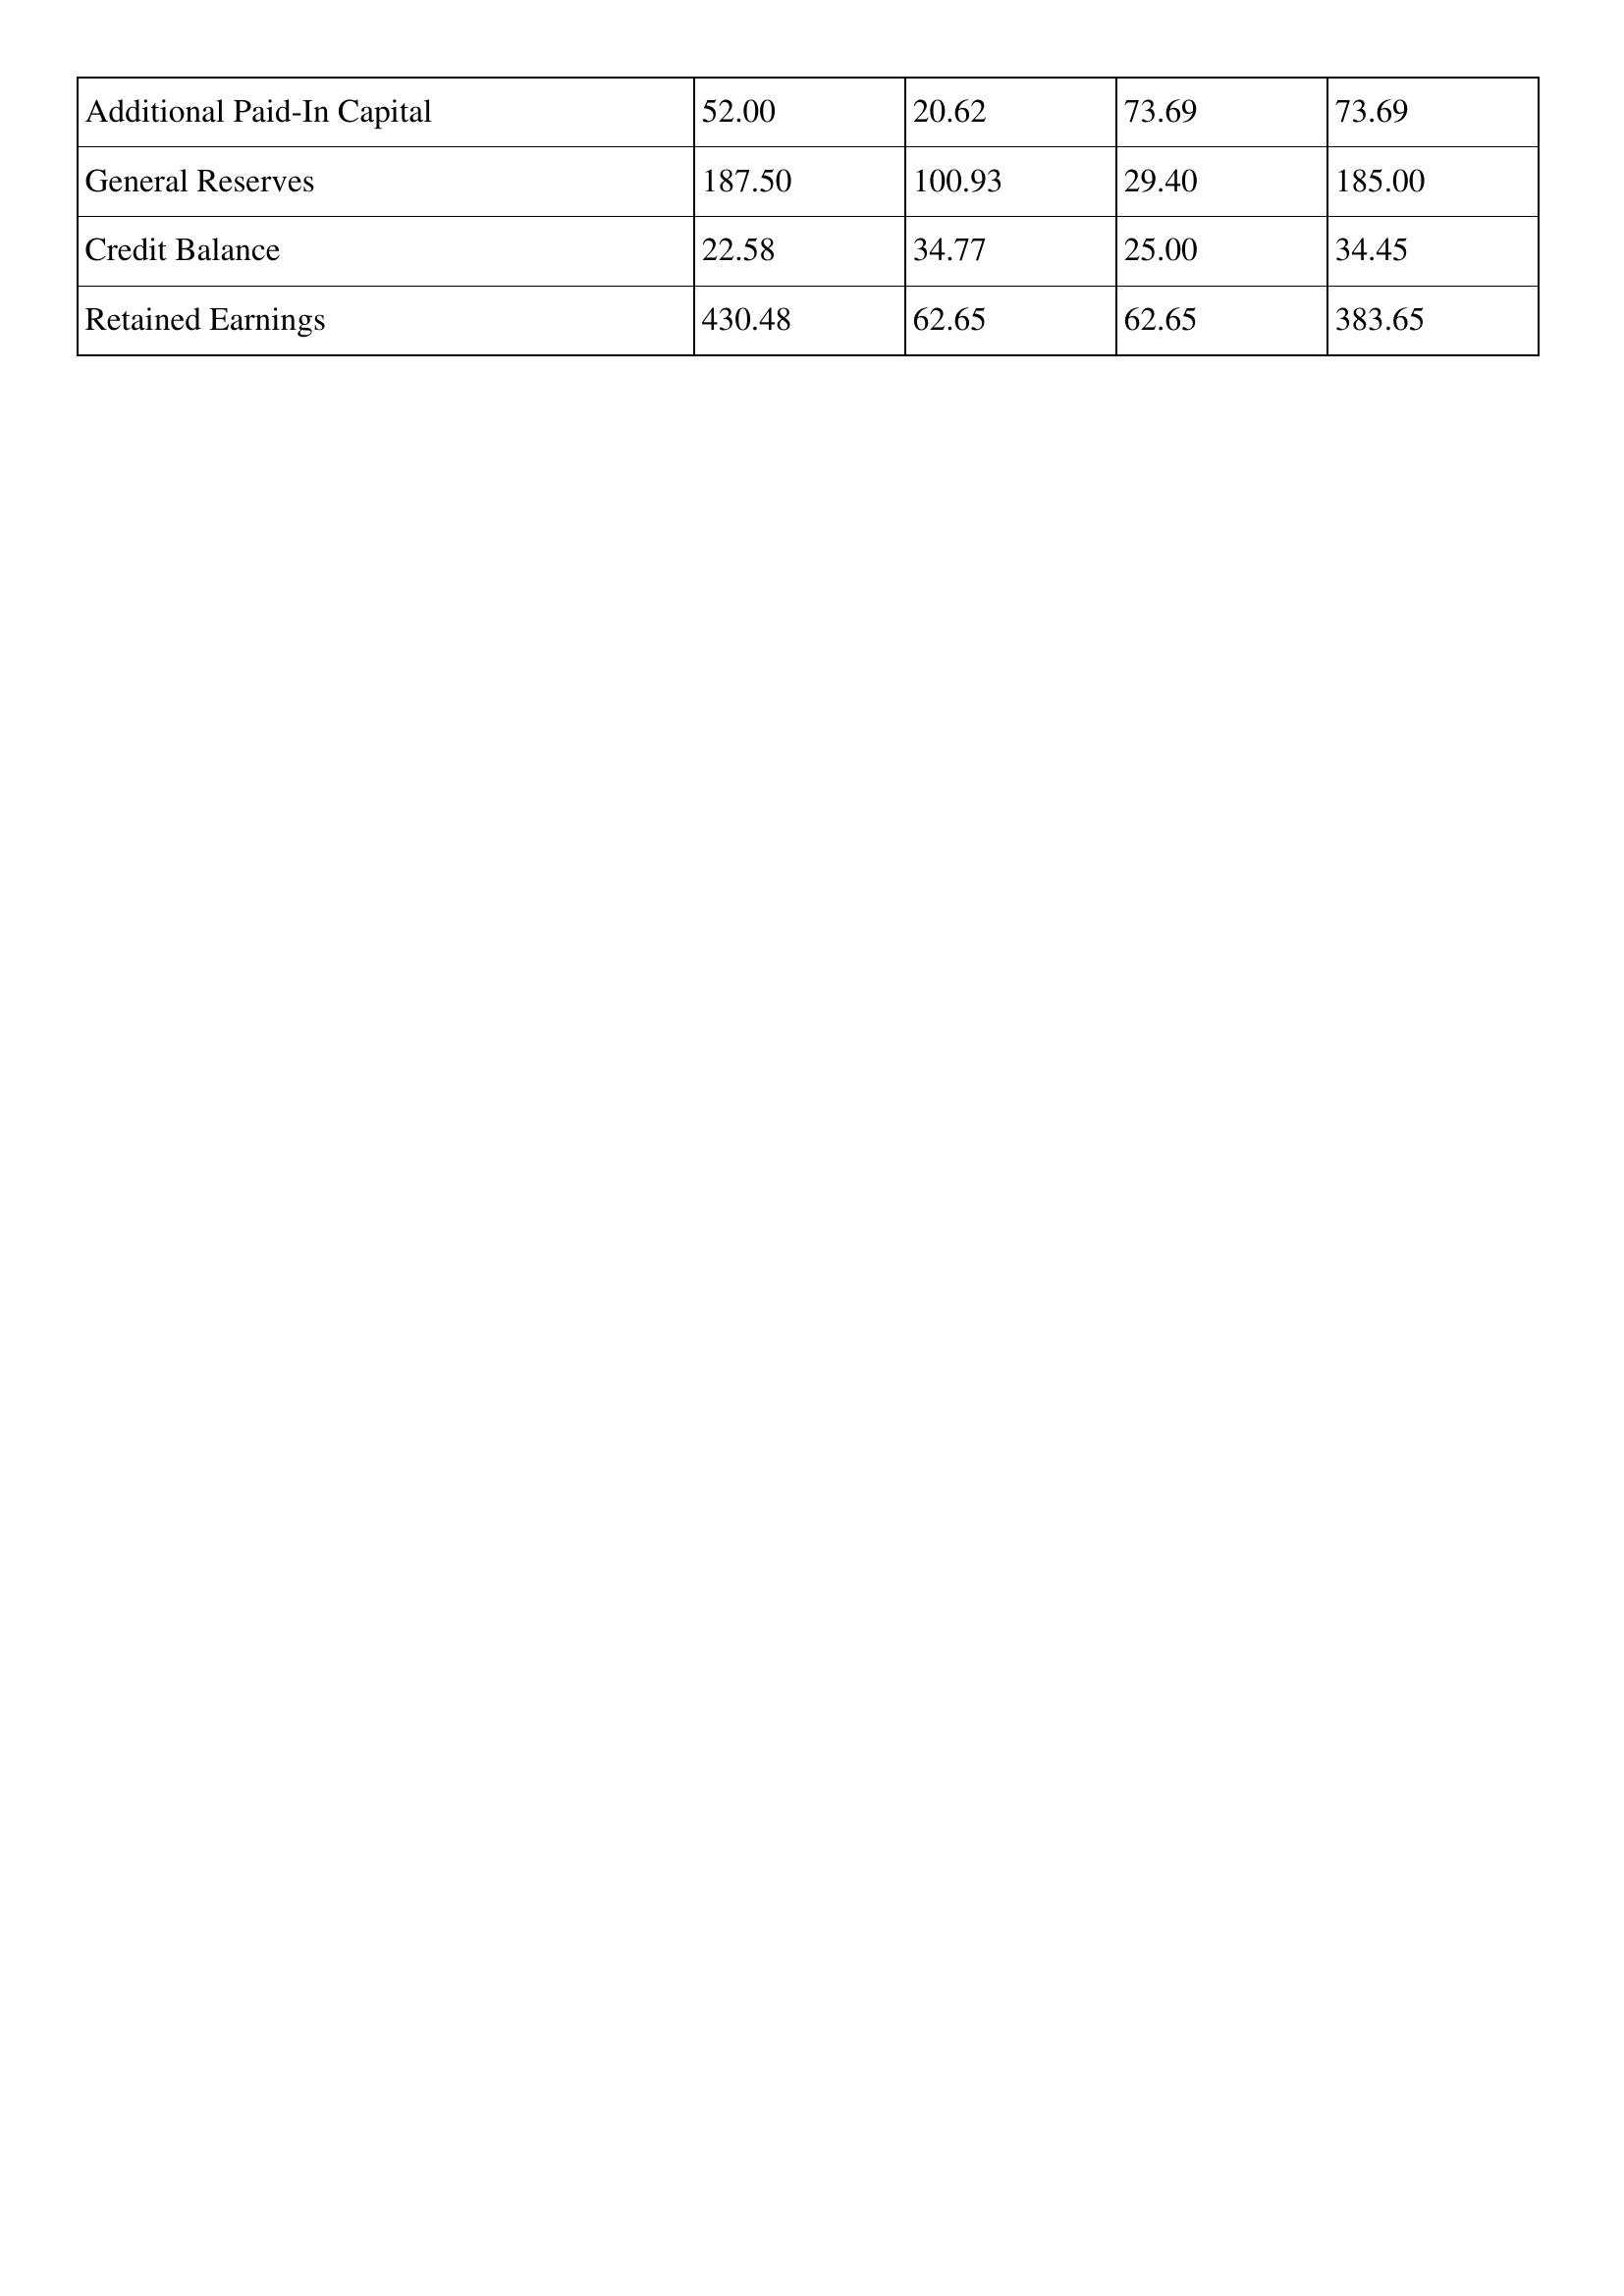
gt_parse: 1999: Additional Paid-In Capital: 52.00
General Reserves: 187.50
Credit Balance: 22.58
Retained Earnings: 430.48
1998: Additional Paid-In Capital: 20.62
General Reserves: 100.93
Credit Balance: 34.77
Retained Earnings: 62.65
1997: Additional Paid-In Capital: 73.69
General Reserves: 29.40
Credit Balance: 25.00
Retained Earnings: 62.65
1996: Additional Paid-In Capital: 73.69
General Reserves: 185.00
Credit Balance: 34.45
Retained Earnings: 383.65